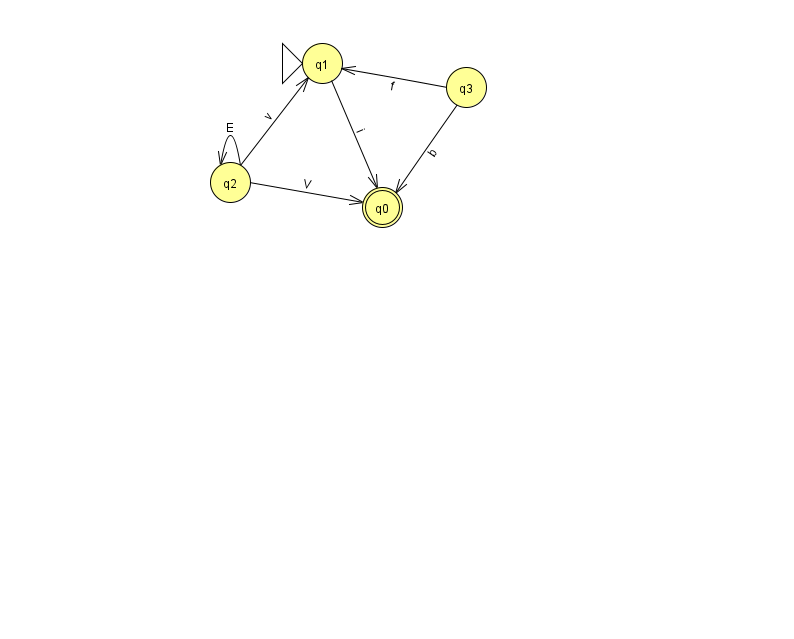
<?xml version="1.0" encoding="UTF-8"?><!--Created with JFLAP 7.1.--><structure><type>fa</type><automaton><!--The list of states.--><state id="0" name="q0"><x>382.0</x><y>194.0</y><final/></state><state id="1" name="q1"><x>322.0</x><y>50.0</y><initial/></state><state id="2" name="q2"><x>230.0</x><y>169.0</y></state><state id="3" name="q3"><x>466.0</x><y>74.0</y></state><!--The list of transitions.--><transition><from>3</from><to>0</to><read>b</read></transition><transition><from>3</from><to>1</to><read>f</read></transition><transition><from>2</from><to>2</to><read>E</read></transition><transition><from>2</from><to>0</to><read>V</read></transition><transition><from>1</from><to>0</to><read>i</read></transition><transition><from>2</from><to>1</to><read>v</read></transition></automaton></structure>